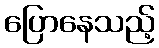
ပြောနေသည့်